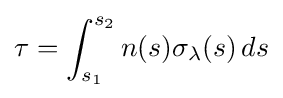
\tau =\int _{s_{1}}^{s_{2}}n(s)\sigma _{\lambda }(s)\,ds